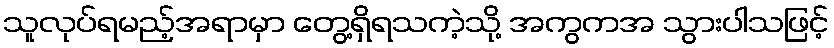
သူလုပ်ရမည့်အရာမှာ တွေ့ရှိရသကဲ့သို့ အကွကအ သွားပါသဖြင့်